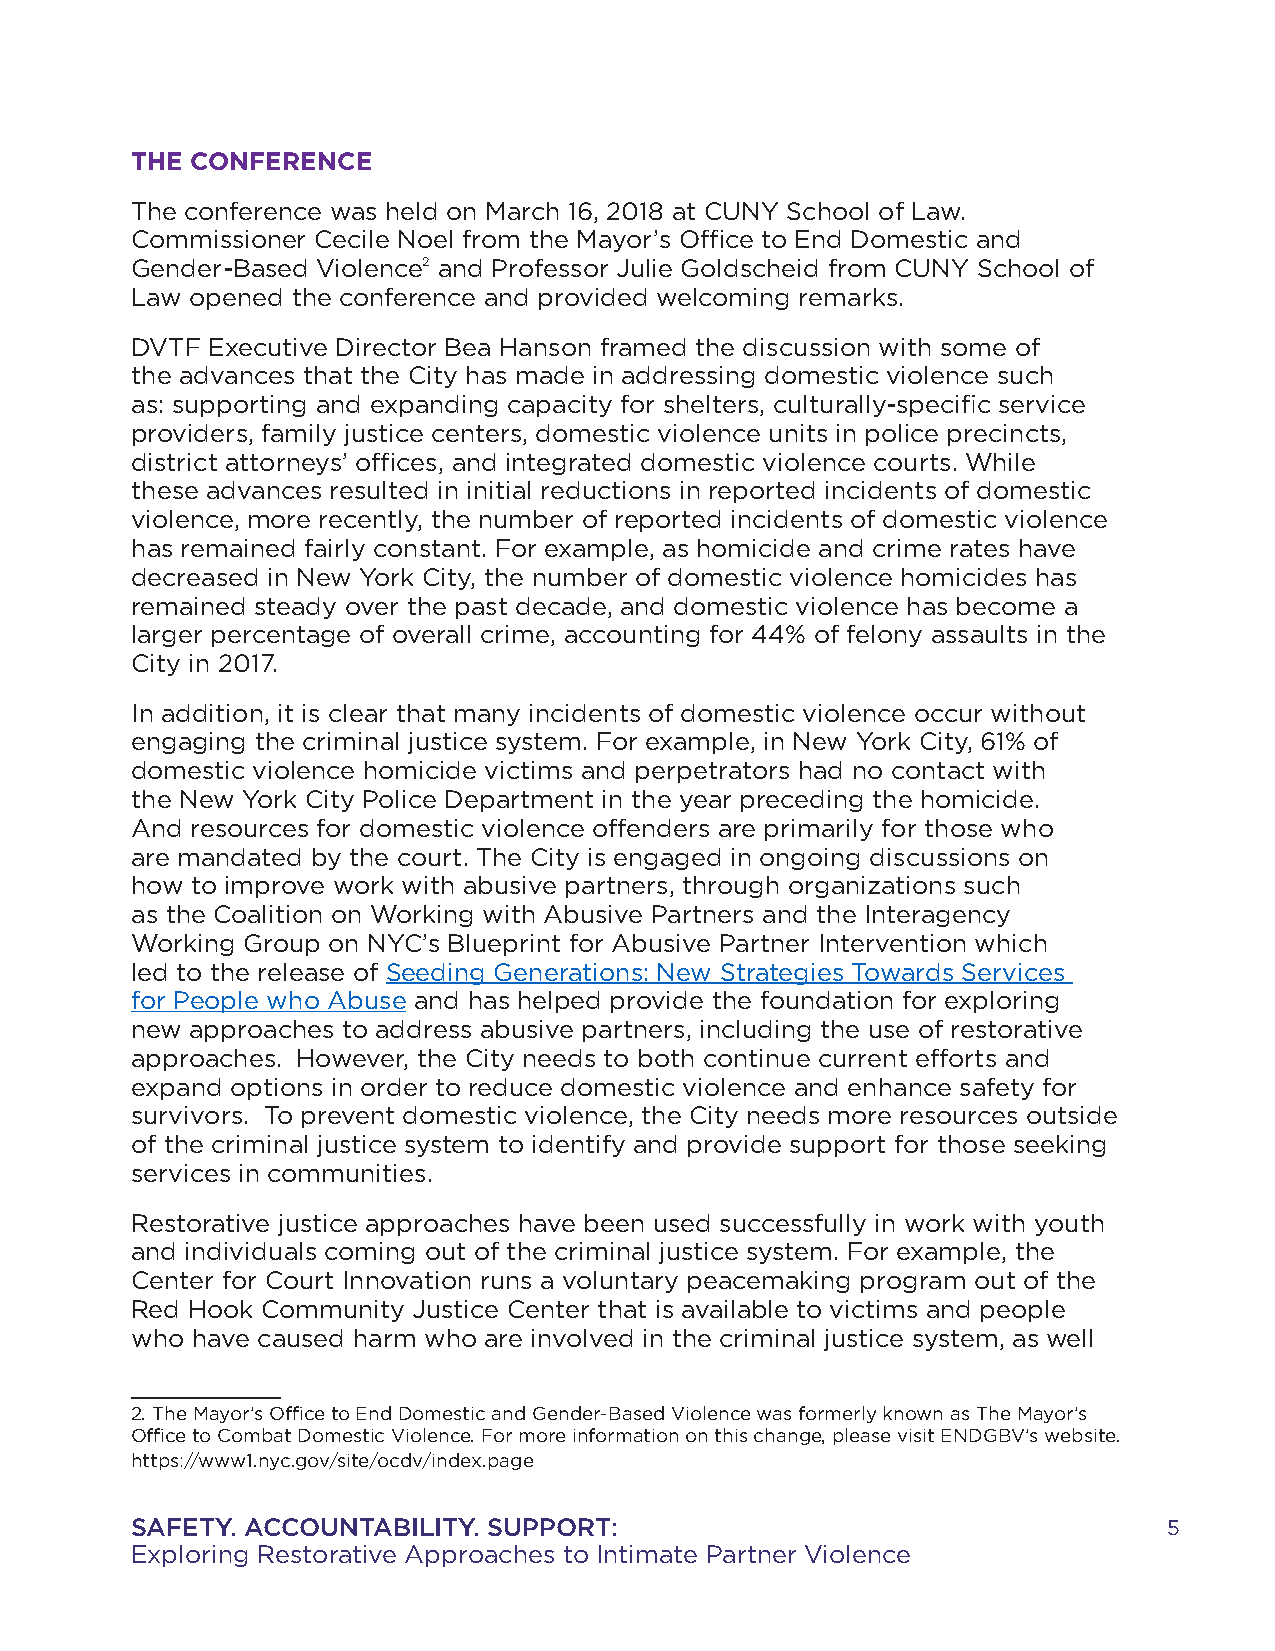
THE CONFERENCE
 The conference was held on March 16, 2018 at CUNY School of Law.
 Commissioner Cecile Noel from the Mayor’s Office to End Domestic and
 Gender-Based Violence2 and Professor Julie Goldscheid from CUNY School of
 Law opened the conference and provided welcoming remarks.
 DVTF Executive Director Bea Hanson framed the discussion with some of
 the advances that the City has made in addressing domestic violence such
 as: supporting and expanding capacity for shelters, culturally-specific service
 providers, family justice centers, domestic violence units in police precincts,
 district attorneys’ offices, and integrated domestic violence courts. While
 these advances resulted in initial reductions in reported incidents of domestic
 violence, more recently, the number of reported incidents of domestic violence
 has remained fairly constant. For example, as homicide and crime rates have
 decreased in New York City, the number of domestic violence homicides has
 remained steady over the past decade, and domestic violence has become a
 larger percentage of overall crime, accounting for 44% of felony assaults in the
 City in 2017.
 In addition, it is clear that many incidents of domestic violence occur without
 engaging the criminal justice system. For example, in New York City, 61% of
 domestic violence homicide victims and perpetrators had no contact with
 the New York City Police Department in the year preceding the homicide.
 And resources for domestic violence offenders are primarily for those who
 are mandated by the court. The City is engaged in ongoing discussions on
 how to improve work with abusive partners, through organizations such
 as the Coalition on Working with Abusive Partners and the Interagency
 Working Group on NYC’s Blueprint for Abusive Partner Intervention which
 led to the release of Seeding Generations: New Strategies Towards Services
 for People who Abuse and has helped provide the foundation for exploring
 new approaches to address abusive partners, including the use of restorative
 approaches. However, the City needs to both continue current efforts and
 expand options in order to reduce domestic violence and enhance safety for
 survivors. To prevent domestic violence, the City needs more resources outside
 of the criminal justice system to identify and provide support for those seeking
 services in communities.
 Restorative justice approaches have been used successfully in work with youth
 and individuals coming out of the criminal justice system. For example, the
 Center for Court Innovation runs a voluntary peacemaking program out of the
 Red Hook Community Justice Center that is available to victims and people
 who have caused harm who are involved in the criminal justice system, as well
 2. The Mayor’s Office to End Domestic and Gender-Based Violence was formerly known as The Mayor’s
 Office to Combat Domestic Violence. For more information on this change, please visit ENDGBV’s website.
 https://www1.nyc.gov/site/ocdv/index.page
 SAFETY. ACCOUNTABILITY. SUPPORT:                                    5
 Exploring Restorative Approaches to Intimate Partner Violence